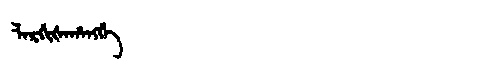
Manchu: ᠯᠠᡵᡤᡳᡧᠠᡥᠠᠩᡤᡝ
Romanization: LARGIŠAHANGGE